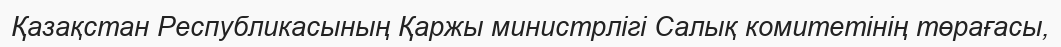
Қазақстан Республикасының Қаржы министрлігі Салық комитетінің төрағасы,